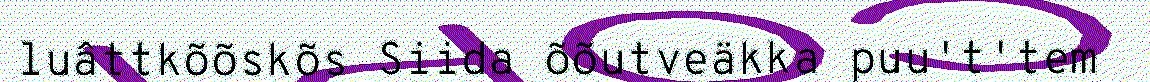
luâttkõõskõs Siida õõutveäkka puu't'tem